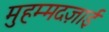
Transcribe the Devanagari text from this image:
मुहम्मदज़ाई